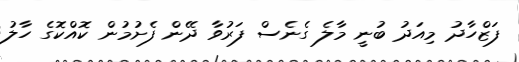
ފަޒްހާދު މިއަދު ބުނީ މާލެ ގެނެސް ފަރުވާ ދޭން ފެށުމުން ކޮއްކޮގެ ހާލު